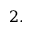
2 .